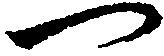
一